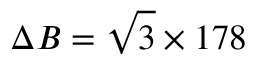
\Delta B = \sqrt { 3 } \times 1 7 8